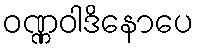
ဝဏ္ဏဝါဒိနောပေ